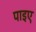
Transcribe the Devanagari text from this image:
पाइए